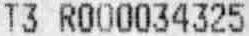
T3 R000034325